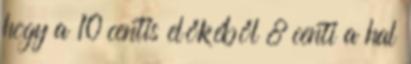
hogy a 10 centis előkéből 8 centi a hal